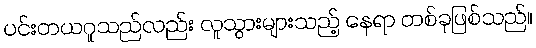
ပင်းတယဂူသည်လည်း လူသွားများသည့် နေရာ တစ်ခုဖြစ်သည်။